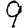
Digit: 9